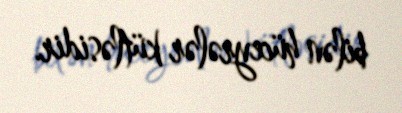
bilən hüceyrələr kütləsidir.